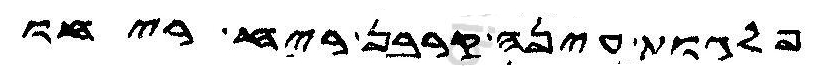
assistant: פלגות עינה קרבן ריח ריחו